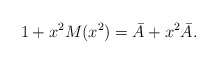
\begin{align*}1+x^2M(x^2) = \bar{A} + x^2 \bar{A}.\end{align*}